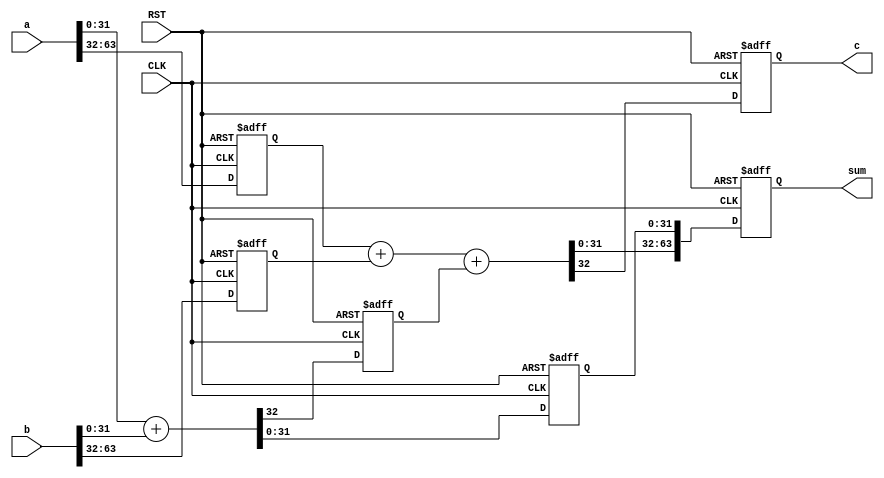
/***********************************************
Module Name:   adder_64bits_seperated_32bits
Feature:       64 bits adder by two 32 bits adders in pipeline structure
Coder:         Garfield
Organization:  XXXX Group, Department of Architecture
------------------------------------------------------
Input ports:   a, b, 64 bits, operent
               CLK, 1bit clock
               RST, 1 bit, reset
Output Ports:  sum, 64 bits, sum
               c, 1 bit, carry bit
------------------------------------------------------
History:
01-07-2016: First Version by Garfield
01-07-2016: First verified by Adder_4bits_Sepearted_32bits_test  ISE/Modelsim
***********************************************/

module adder_64bits_seperated_32bits
  ( 
    input[63:0] a, b,
    input CLK, input RST,
    output reg[63:0] sum,
    output reg c
  );

//Definition for Variables in the module
reg[31:0] a0, b0;
//Input value delays
reg c0;
//First adder result delay: carry bit
reg[31:0] s0;
//First adder result delay: result

wire [32:0] s1;

//Load other module(s)

//Logical
assign s1 = {1'b0, a0} + {1'b0, b0} + {32'h0000_0000,c0};

always @(posedge CLK or negedge RST)
//Input delay
begin
    if (!RST)
    //Reset
    begin
        a0 <= 32'h0000_0000;
        b0 <= 32'h0000_0000;
    end
    else
    begin
        a0 <= a[63:32];
        b0 <= b[63:32];
    end
end

always @(posedge CLK or negedge RST)
//First adder
begin
    if (!RST)
    //Reset
    begin
        c0 <= 1'b0;
        s0 <= 32'h0000_0000;
    end
    else
    begin
        {c0, s0} <= a[31:0] + b[31:0];
    end
end

always @(posedge CLK or negedge RST)
//Second adder
begin
    if (!RST)
    //Reset
    begin
        c <= 1'b0;
        sum <= 32'h0000_0000;
    end
    else
    begin
        c <= s1[32];
        sum <= {s1[31:0], s0};
    end
end

endmodule